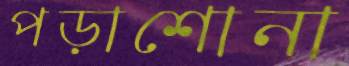
পড়াশোনা